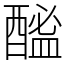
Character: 䤉